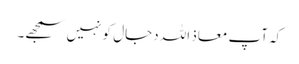
کہ آپ معاذ اللہ دجال کو نہیں سمجھے۔